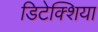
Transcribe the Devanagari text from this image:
डिटेक्शिया